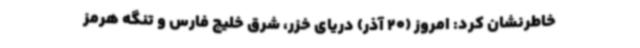
خاطرنشان کرد: امروز (20 آذر) دریای خزر، شرق خلیج فارس و تنگه هرمز